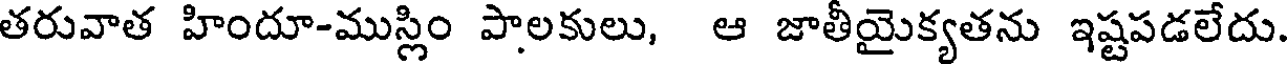
తరువాత హిందూ-ముస్లిం పాలకులు, ఆ జాతీయైక్యతను ఇష్టపడలేదు.